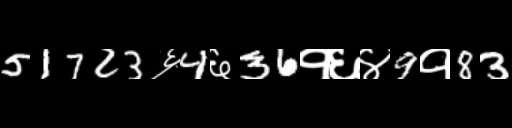
Text: 51723६4६36१६४9१83